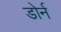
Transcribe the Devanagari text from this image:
डोर्न